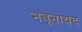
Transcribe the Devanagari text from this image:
नबूनायद